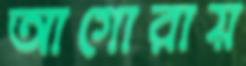
আগোরায়